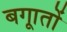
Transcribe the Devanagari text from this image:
बगाूतों